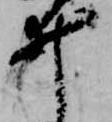
井